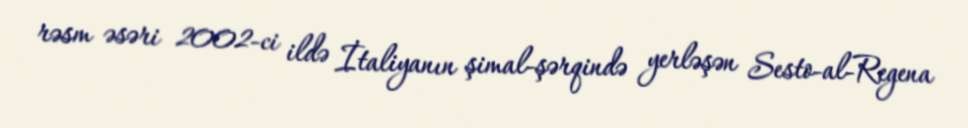
rəsm əsəri 2002-ci ildə İtaliyanın şimal-şərqində yerləşən Sesto-al-Regena